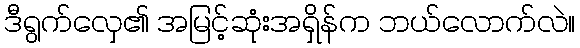
ဒီရွက်လှေ၏ အမြင့်ဆုံးအရှိန်က ဘယ်လောက်လဲ။